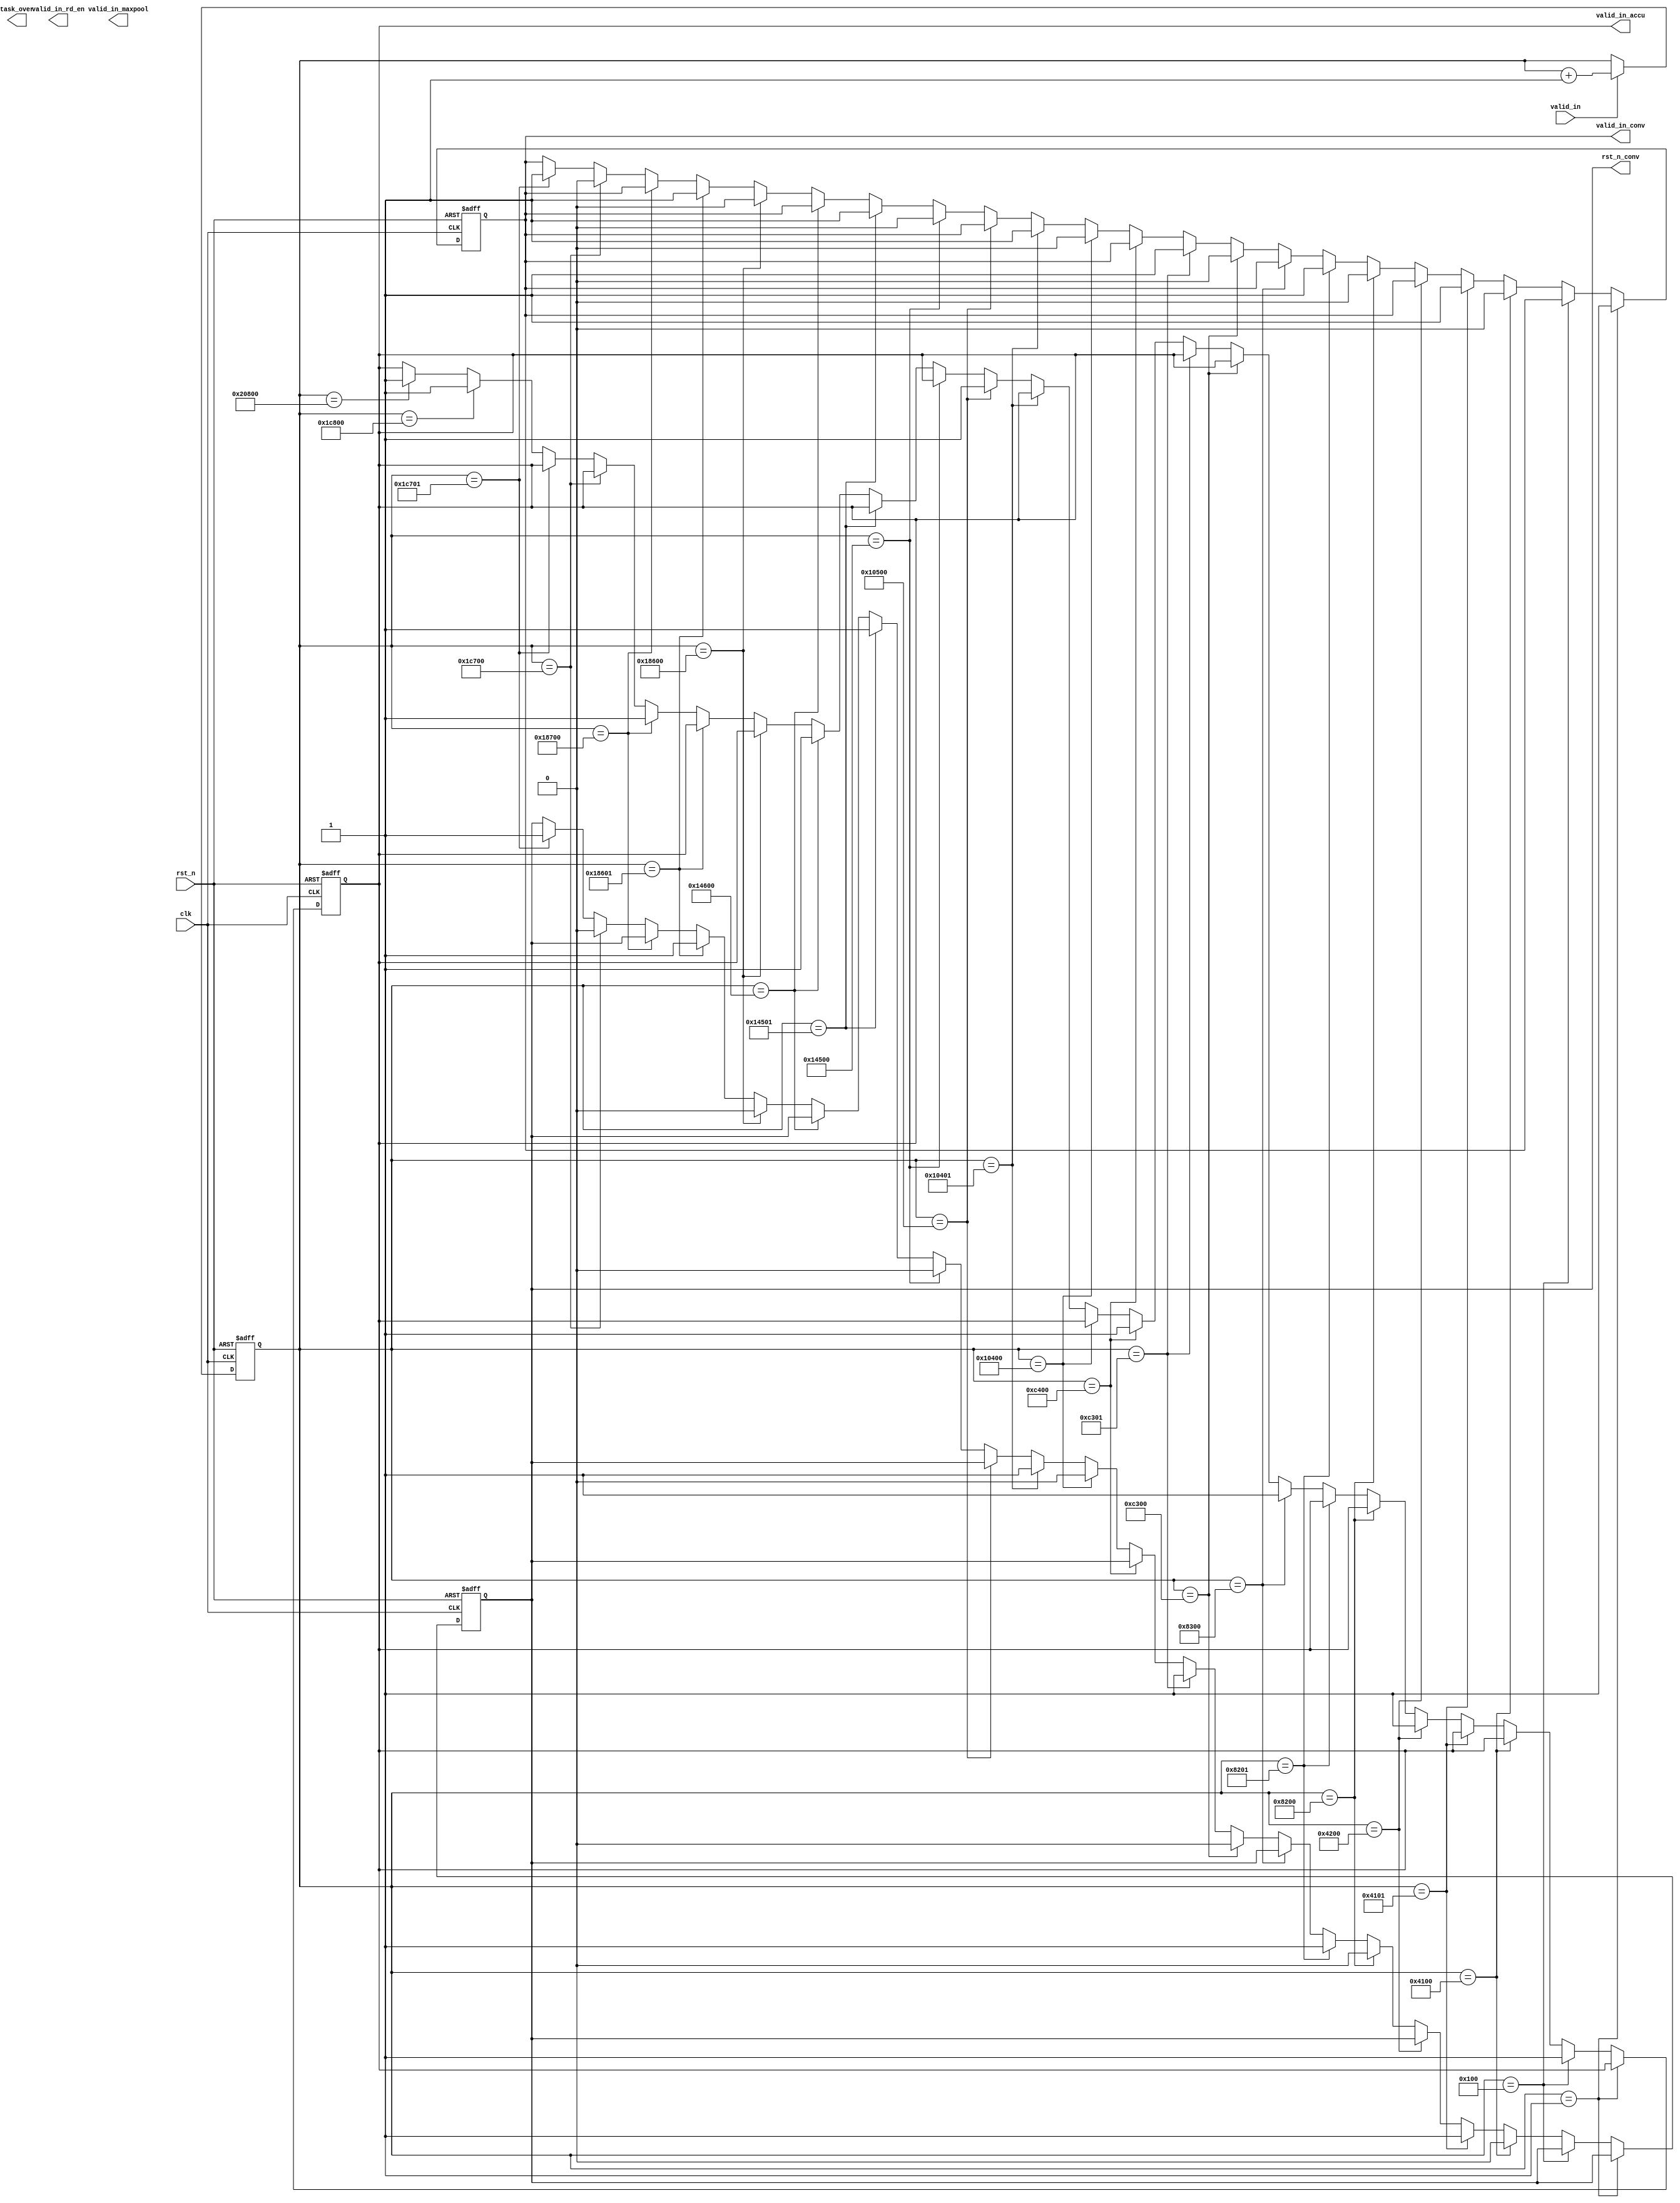
module generate_ctrl_signal(
    input clk,
    input rst_n,
    input valid_in,
    //input [3:0]task_number,
    output rst_n_conv,
    output valid_in_conv,
    output valid_in_accu,
    output valid_in_rd_en,
    output valid_in_maxpool,
    output task_over
   );


parameter           COL_NUM     =   128    ;
parameter           ROW_NUM     =   128   ;

parameter           START1_ =   2*COL_NUM;
parameter           END1_ =   START1_+COL_NUM*ROW_NUM;


parameter           START2_ =   2*COL_NUM-2+END1_+2;//rst_n
parameter           END2_ =   START2_+COL_NUM*ROW_NUM;


parameter           START3_ =   2*COL_NUM-2+END2_+2;
parameter           END3_ =   START3_+COL_NUM*ROW_NUM;

parameter           START4_ =   2*COL_NUM-2+END3_+2;
parameter           END4_ =   START4_+COL_NUM*ROW_NUM;

parameter           START5_ =   2*COL_NUM-2+END4_+2;
parameter           END5_ =   START5_+COL_NUM*ROW_NUM;

parameter           START6_ =   2*COL_NUM-2+END5_+2;
parameter           END6_ =   START6_+COL_NUM*ROW_NUM;

parameter           START7_ =   2*COL_NUM-2+END6_+2;
parameter           END7_ =   START7_+COL_NUM*ROW_NUM;

parameter           START8_ =   2*COL_NUM-2+END7_+2;
parameter           END8_ =   START8_+COL_NUM*ROW_NUM;

//parameter           MAXPOOL_START =;

reg [63:0]cnt;




reg valid_in_conv_r;
reg valid_in_accu_r;
reg valid_in_maxpool_r;
reg rst_n_conv_r;

assign valid_in_conv=valid_in_conv_r;
assign valid_in_accu=valid_in_accu_r;
assign rst_n_conv=rst_n_conv_r;

always @(posedge clk or negedge rst_n)begin
    if(!rst_n)
        cnt<=0;
    else if(valid_in)
        cnt<=cnt+1;
    else 
        cnt<=cnt;
    end
             
always @(posedge clk or negedge rst_n)begin
    if(!rst_n)begin
        rst_n_conv_r<=1;
        valid_in_conv_r<=0;
        valid_in_accu_r<=0;  
    end
    else if(cnt==1)
        valid_in_conv_r<=1;


    else if(cnt==START1_)//
        valid_in_accu_r<=1;
    else if(cnt==END1_)begin
        //valid_in_accu_r<=0;
        valid_in_conv_r<=0;
        rst_n_conv_r<=0;

    end
    else if(cnt==END1_+1)begin
        valid_in_conv_r<=1;
        rst_n_conv_r<=1;
    end


    else if(cnt==START2_)//2
        valid_in_accu_r<=1;
    else if(cnt==END2_)begin
        //valid_in_accu_r<=0;
        valid_in_conv_r<=0;
        rst_n_conv_r<=0;
    end

    else if(cnt==END2_+1)begin
        valid_in_conv_r<=1;
        rst_n_conv_r<=1;
    end

    else if(cnt==START3_)//3
        valid_in_accu_r<=1;
    else if(cnt==END3_)begin
        //valid_in_accu_r<=0;
        valid_in_conv_r<=0;
        rst_n_conv_r<=0;
    end
    else if(cnt==END3_+1)begin
        valid_in_conv_r<=1;
        rst_n_conv_r<=1;
    end

    else if(cnt==START4_)//4
        valid_in_accu_r<=1;
    else if(cnt==END4_)begin
        //valid_in_accu_r<=0;
        valid_in_conv_r<=0;
        rst_n_conv_r<=0;
    end
    else if(cnt==END4_+1)begin
        valid_in_conv_r<=1;
        rst_n_conv_r<=1;
    end

    else if(cnt==START5_)//5
        valid_in_accu_r<=1;
    else if(cnt==END5_)begin
        //valid_in_accu_r<=0;
        valid_in_conv_r<=0;
        rst_n_conv_r<=0;
    end
    else if(cnt==END5_+1)begin
        valid_in_conv_r<=1;
        rst_n_conv_r<=1;
    end

    else if(cnt==START6_)//6
        valid_in_accu_r<=1;
    else if(cnt==END6_)begin
        //valid_in_accu_r<=0;
        valid_in_conv_r<=0;
        rst_n_conv_r<=0;
    end
    else if(cnt==END6_+1)begin
        valid_in_conv_r<=1;
        rst_n_conv_r<=1;
    end

    else if(cnt==START7_)//7
        valid_in_accu_r<=1;
    else if(cnt==END7_)begin
        //valid_in_accu_r<=0;
        valid_in_conv_r<=0;
        rst_n_conv_r<=0;
    end
    else if(cnt==END7_+1)begin
        valid_in_conv_r<=1;
        rst_n_conv_r<=1;
    end

    else if(cnt==START8_)//8
        valid_in_accu_r<=1;
    else if(cnt==END8_)
        valid_in_accu_r<=1;
    else begin
        valid_in_accu_r<=valid_in_accu_r;
        valid_in_conv_r<=valid_in_conv_r;
        rst_n_conv_r<=rst_n_conv_r;
    end





end
    
endmodule